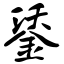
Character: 鋈